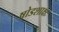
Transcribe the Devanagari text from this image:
षोडशाक्षः